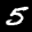
Label: 5